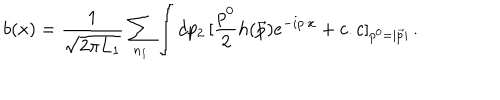
b ( x ) = { \frac { 1 } { \sqrt { 2 \pi L _ { 1 } } } } \sum _ { n _ { 1 } } \int d p _ { 2 } \, [ { \frac { p ^ { 0 } } { 2 } } h ( \vec { p } ) e ^ { - i p \cdot x } + c . c ] _ { p ^ { 0 } = | \vec { p } | } \, .